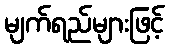
မျက်ရည်များဖြင့်